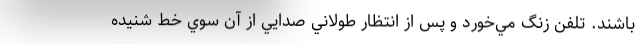
باشند. تلفن زنگ مي‌خورد و پس از انتظار طولاني صدايي از آن سوي خط شنيده